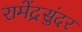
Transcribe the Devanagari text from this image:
रामेंद्रसुंदर